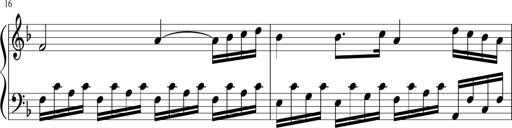
Title: Sonatina for Piano, WoO 50
Composer: Ludwig van Beethoven
Key: F major